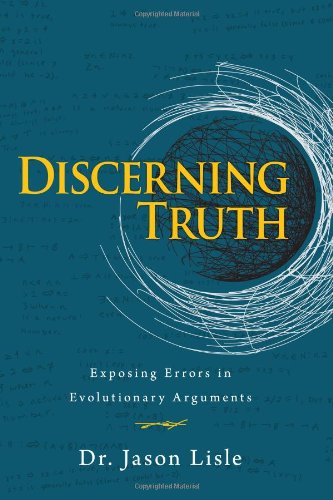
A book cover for Discerning Truth; Jason Lisle; Christian Books & Bibles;